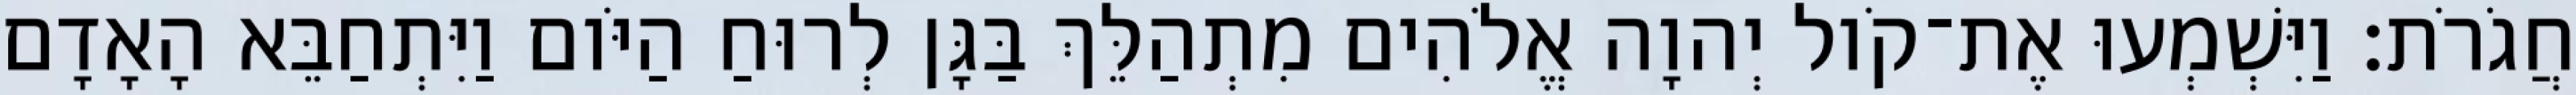
חֲגֹרֹת׃ וַיִּשְׁמְעוּ אֶת־קֹול יְהוָה אֱלֹהִים מִתְהַלֵּךְ בַּגָּן לְרוּחַ הַיֹּום וַיִּתְחַבֵּא הָאָדָם